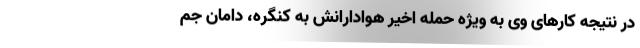
در نتیجه کارهای وی به ویژه حمله اخیر هوادارانش به کنگره، دامان جم